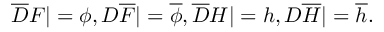
{ \overline { { D } } } F | = \phi , D { \overline { { F } } } | = { \overline { { \phi } } } , { \overline { { D } } } H | = h , D { \overline { { H } } } | = { \overline { { h } } } .